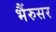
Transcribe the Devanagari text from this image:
भैंरुसर